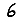
Digit: 6